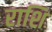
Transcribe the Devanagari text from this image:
राशि